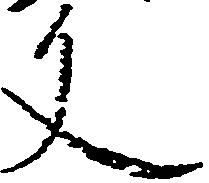
文